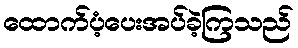
ထောက်ပံ့ပေးအပ်ခဲ့ကြသည်